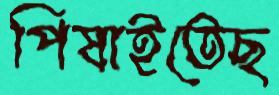
পিষাইতেছ